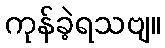
ကုန်ခဲ့ရသဗျ။